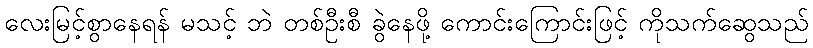
လေးမြင့်စွာနေရန် မသင့် ဘဲ တစ်ဦးစီ ခွဲနေဖို့ ကောင်းကြောင်းဖြင့် ကိုသက်ဆွေသည်